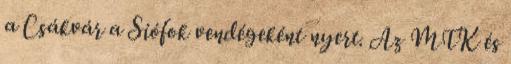
a Csákvár a Siófok vendégeként nyert. Az MTK és